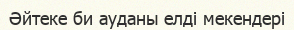
Әйтеке би ауданы елді мекендері